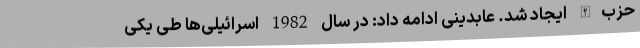
حزب‌الله ایجاد شد. عابدینی ادامه داد: در سال 1982 اسرائیلی‌ها طی یکی